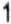
1